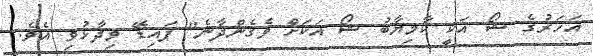
އަހަރުގެ ޝޯ އަކީ ކާމިޔާބު ޝޯ އަކަށް ވެގެންދާނެ" ޕައިޑޭ ވިދާޅުވި އެވެ.